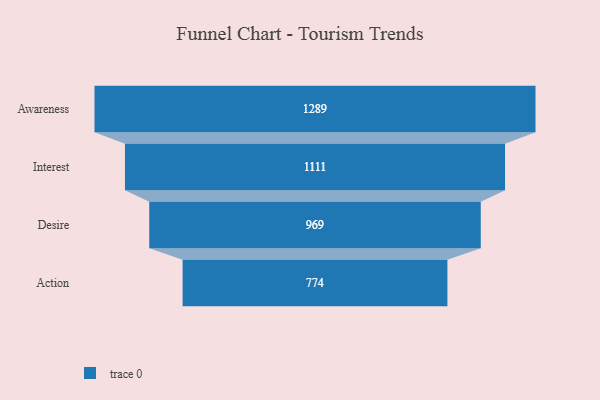
{"axis": {"x": "Stage", "y": "Value"}, "legend": [""], "data": [{"x": "Awareness", "y": 1289.0, "type": ""}, {"x": "Interest", "y": 1111.0, "type": ""}, {"x": "Desire", "y": 969.0, "type": ""}, {"x": "Action", "y": 774.0, "type": ""}]}